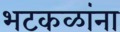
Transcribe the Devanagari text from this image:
भटकळांना